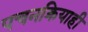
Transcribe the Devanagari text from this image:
पचनक्रियाही